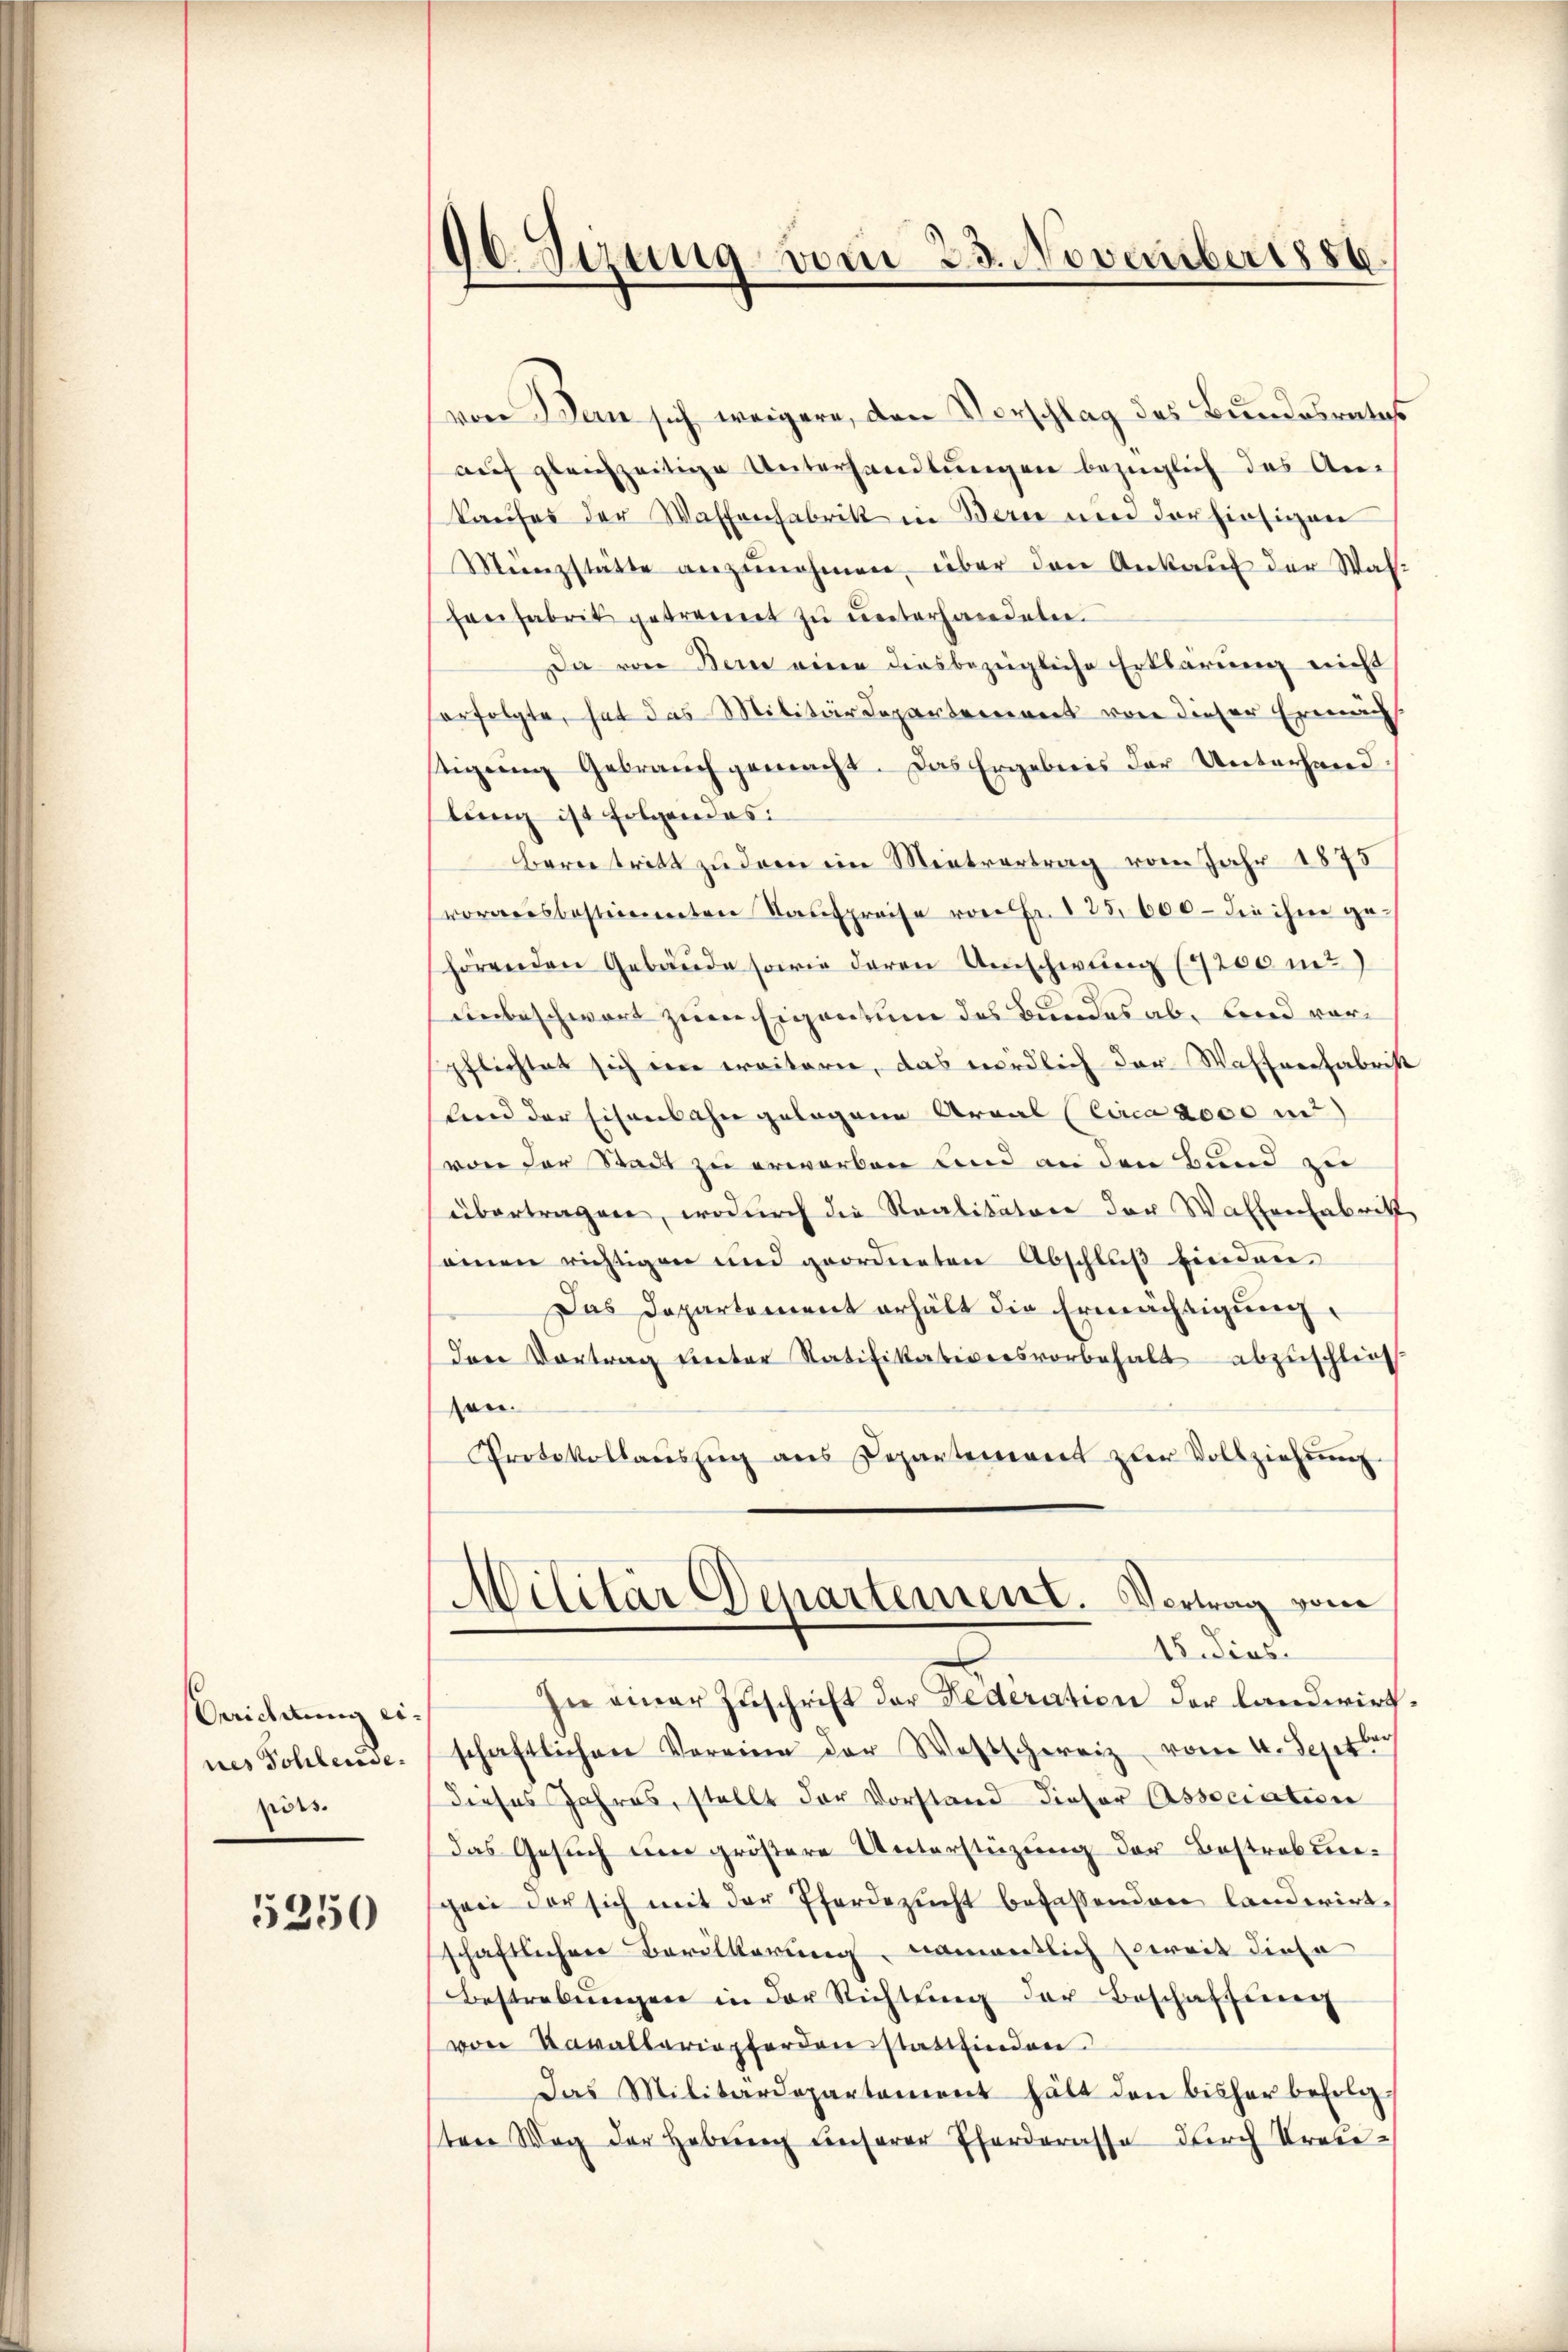
Oerichtung eines Sohlende
pöss.

5250

96. Sizung vom 23. Novemberts.

von Bern sich weigere, den Vorschlag des Bundesrates
auf gleichzeitige Unterhandlungen bezüglich das An-
kaufes der Waffenfabrik in Bern um der hiesigen
Münzstätte anzunehmen, über den Ankauf der Washenfabrik getrennt zu unterhandeten.
Da von Bern eine diesbezügliche Erklärung nicht
ferfolgte, hat das Militärdepartement von dieser Ermäch
stigung Gebrauch gemacht. Das Ergebnis der Unterhandlung ist folgendes:
Bern tritt zu dem im Mietvertrag vom Jahr 1875
vorausbestimmten Taufpreise von Fr. 125,000 - die ihm ge-
hörenden Gebäŭde sowie deren Umschwung (1200 mt)
unbeschwort zum Eigentum des Bundes ab, beid vor
pflichtet sich eine erritore, das nördlich der Waffeerfabrist
lnd der Eisenbahn gelegene Areal Circa 2000 m
von der Stadt zu erworben und an den Bund zu
übertragen, wodurch die Realitäten der Wallenfabrik
einen richtigen und geordneten Abschlŭβ finden
Das Departement erhält die Ermächtigung
dere Vortrag unter Ratifikativersvorbehalt abzuschlief
an.
Protokollaŭszŭg ans Departement zur Vollziehŭng
Militär Departement. Vortrag vom
15. dies
In einer Zŭschrift der Federation der landwirt
schaftlichen Vereine der Westschereiz vom 4. Septbr
dieses Jahres, stellt der Vorstand dieser Association
das Gesuch eine größere Unterstüzung der Bestraban-
gen der sich mit der Pferdezucht befassenden landerirt
schaftlichen Bevölkerung, namentlich zweit diese
Bestrebŭngen in der Richtŭng der Beschaffung
von Kavallariapferden stattfinden.
Das Militärdepartament hält den bisher befolg-
ten Weg der Hebung unserer Eherderasse durch Krei¬